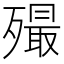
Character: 𣩡